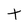
Character: t